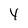
Character: y